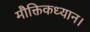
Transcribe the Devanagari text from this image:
मौक्तिकध्यान।